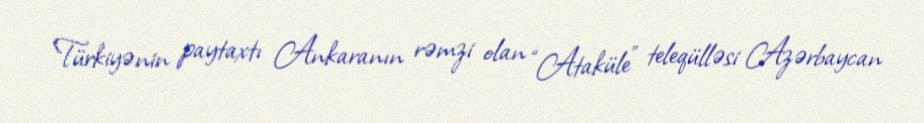
Türkiyənin paytaxtı Ankaranın rəmzi olan “Ataküle” teleqülləsi Azərbaycan